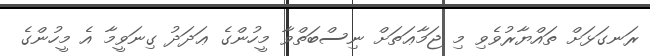
ރަނގަޅަށް ތައްޔާރުވެވި މި ޖަމާޢަތަށް ނިސްބަތްވާ މީހުންގެ ޢަދަދު ގިނަވީމާ އެ މީހުންގެ